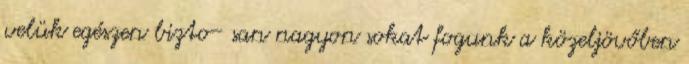
velük egészen bizto- san nagyon sokat fogunk a közeljövőben